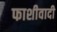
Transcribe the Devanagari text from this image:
फाशीवादी